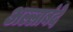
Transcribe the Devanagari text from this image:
अल्लाबंदे